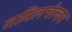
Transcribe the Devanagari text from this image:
तमिलचेल्वम